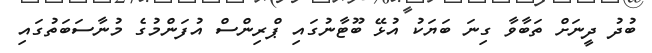
ބުދު ދީނަށް ތަބާވާ ގިނަ ބަޔަކު އުޅޭ ބޫޓާނުގައި ޕްރިންސް އުފަންމުގެ މުނާސަބަތުގައި